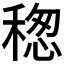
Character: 𥠡